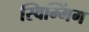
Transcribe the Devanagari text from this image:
स्विम्मिंग